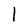
Character: l